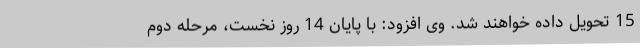
15 تحویل داده خواهند شد. وی افزود: با پایان 14 روز نخست، مرحله دوم